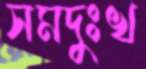
সমদুঃখ